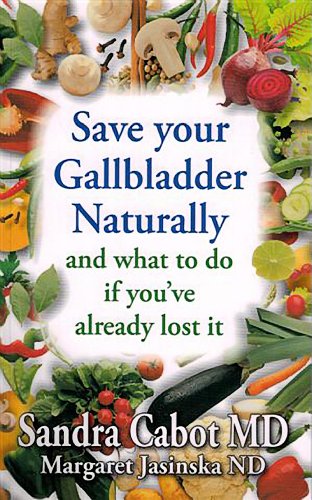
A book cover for Save Your Gallbladder Naturally and What to Do If You Have Already Lost It; Sandra Cabot; Health, Fitness & Dieting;